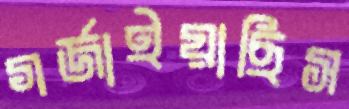
গর্‌জাইয়াছিস